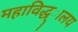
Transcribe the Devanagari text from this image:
महाविद्ध्ालय